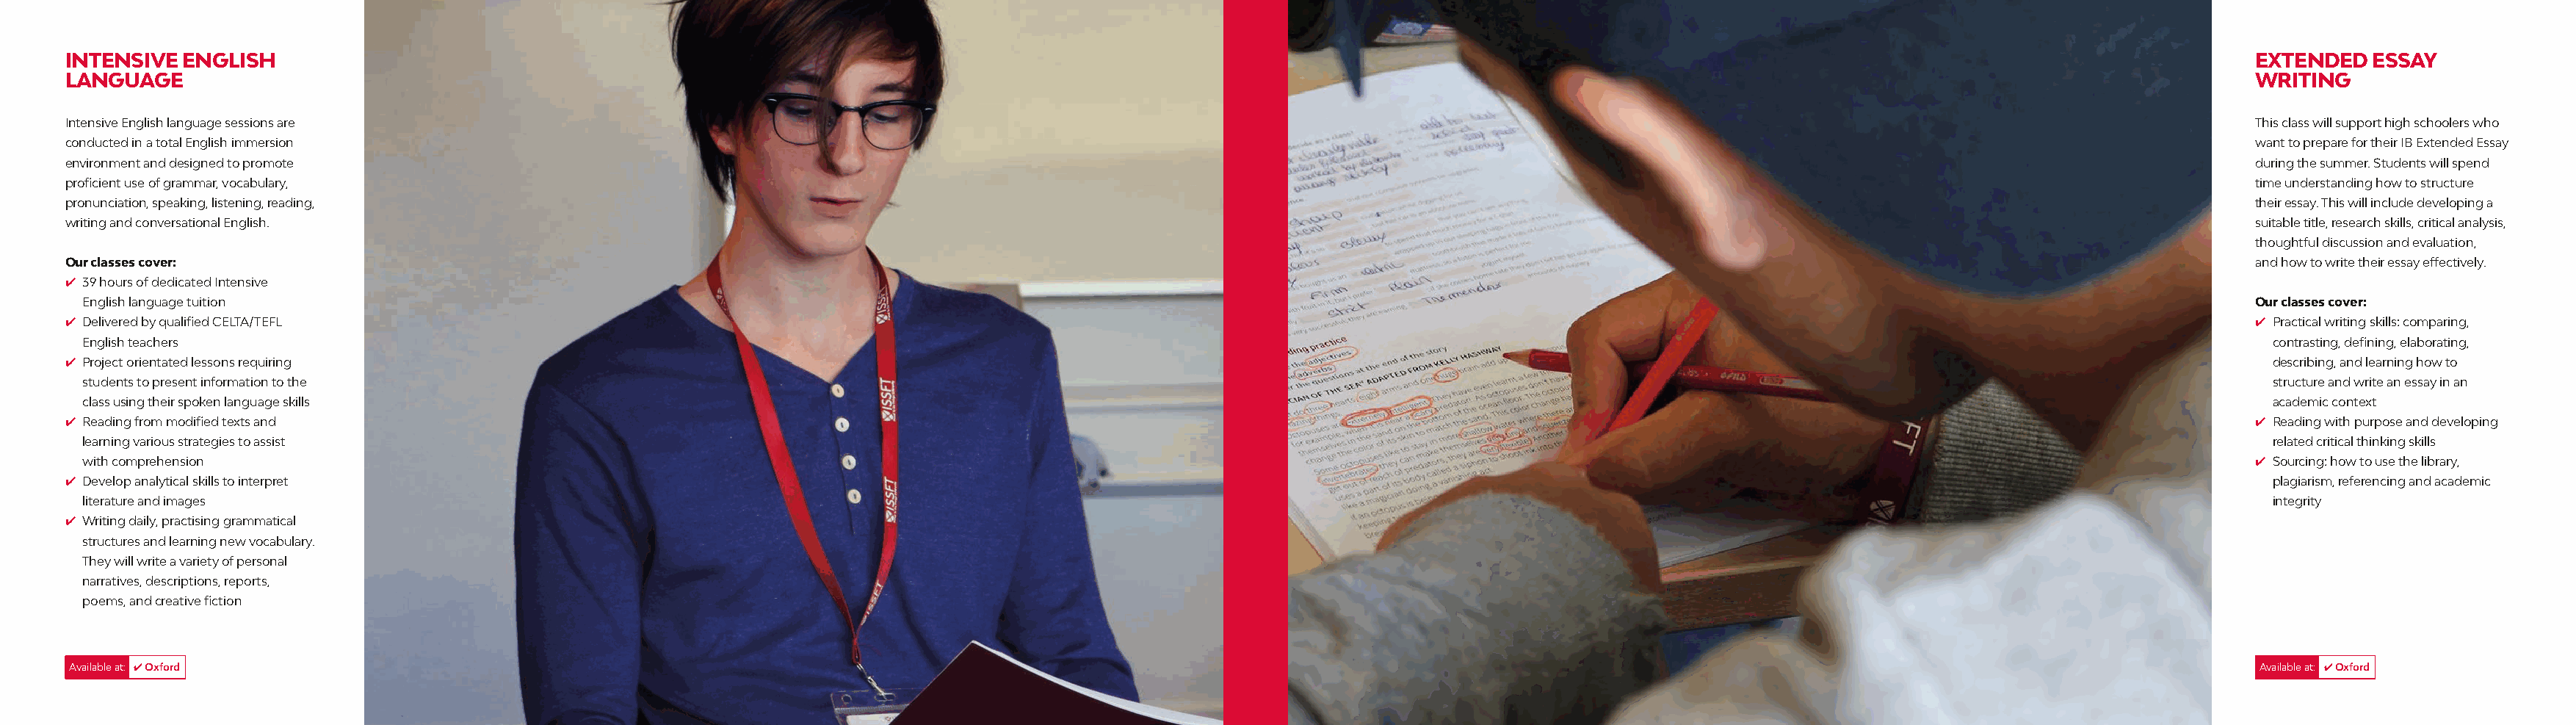
INTENSIVE ENGLISH                                                                                                                                                                                    EXTENDED   ESSAY
 LANGUAGE                                                                                                                                                                                             WRITING
 Intensive English language sessions are                                                                                                                                                              This class will support high schoolers who
 conducted in a total English immersion                                                                                                                                                               want to prepare for their IB Extended Essay
 environment and designed to promote                                                                                                                                                                  during the summer. Students will spend
 proficient use of grammar, vocabulary,                                                                                                                                                               time understanding how to structure
 pronunciation, speaking, listening, reading,                                                                                                                                                         their essay. This will include developing a
 writing and conversational English.                                                                                                                                                                  suitable title, research skills, critical analysis,
 thoughtful discussion and evaluation,
 Our classes cover:                                                                                                                                                                                   and how to write their essay effectively.
 4 39 hours of dedicated Intensive
 English language tuition                                                                                                                                                                            Our classes cover:
 4 Delivered by qualified CELTA/TEFL                                                                                                                                                                  4 Practical writing skills: comparing,
 English teachers                                                                                                                                                                                      contrasting, defining, elaborating,
 4 Project orientated lessons requiring                                                                                                                                                                 describing, and learning how to
 students to present information to the                                                                                                                                                                structure and write an essay in an
 class using their spoken language skills                                                                                                                                                              academic context
 4 Reading from modified texts and                                                                                                                                                                    4 Reading with purpose and developing
 learning various strategies to assist                                                                                                                                                                 related critical thinking skills
 with comprehension                                                                                                                                                                                  4 Sourcing: how to use the library,
 4 Develop analytical skills to interpret                                                                                                                                                               plagiarism, referencing and academic
 literature and images                                                                                                                                                                                 integrity
 4 Writing daily, practising grammatical
 structures and learning new vocabulary.
 They will write a variety of personal
 narratives, descriptions, reports,
 poems, and creative fiction
 Available at: 4 Oxford                                                                                                                                                                                Available at: 4 Oxford